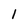
Character: 1